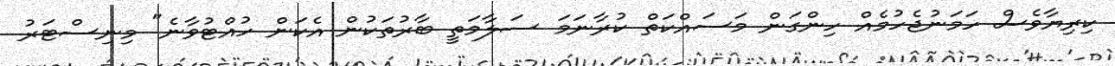
ކިރިޔާވެސް ހަމަނުޖެހުމެއް ހިންގަން މަސައްކަތް ކުރާނަމަ ސަލާމަތީ ބާރުތަކުން އެކަން ހުއްޓުވާނެ" މިނިސްޓަރު